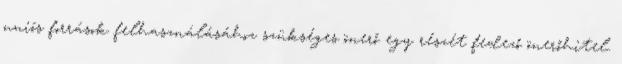
uniós források felhasználásához szükséges önerő egy részét fedező önerőhitel.